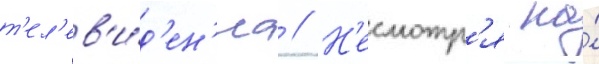
т'ел'ев'и́д'ен'иа // Н'есмотр'я на́